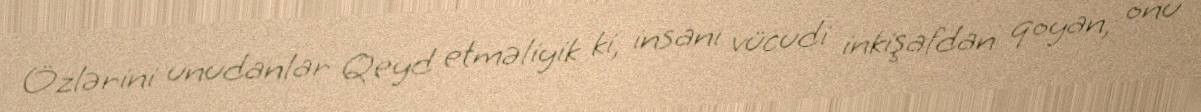
Özlərini unudanlar Qeyd etməliyik ki, insanı vücudi inkişafdan qoyan, onu